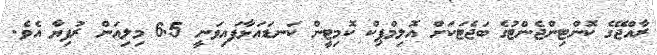
ރާއްޖޭގެ ކޮންޓިންޖެންޓުގެ ބަޖެޓަކަށް އޮލިމްޕިކް ކޮމިޓީން ކަނޑައަޅާފައިވަނީ 6.5 މިލިއަން ރުފިޔާ އެވެ.